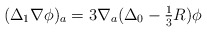
\begin{align*}(\Delta_1 \nabla \phi)_a = 3 \nabla_a (\Delta_0 - {\textstyle\frac{1}{3}}R)\phi\end{align*}